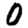
Digit: 0